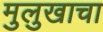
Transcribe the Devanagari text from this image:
मुलुखाचा